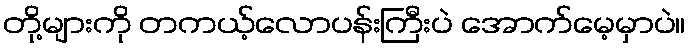
တို့များကို တကယ့်လောပန်းကြီးပဲ အောက်မေ့မှာပဲ။